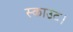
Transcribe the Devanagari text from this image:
स्काउट।